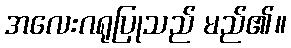
အလေးဂရုပြုသည် မည်၏။